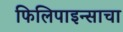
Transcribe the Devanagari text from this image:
फिलिपाइन्साचा